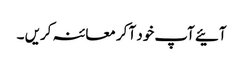
آئیے آپ خود آ کر معائنہ کریں ۔